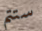
ستتم